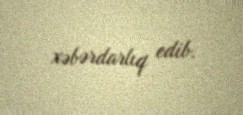
xəbərdarlıq edib.